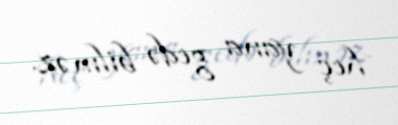
heç yana gedə bilməz.